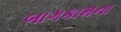
બાગકામના